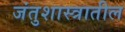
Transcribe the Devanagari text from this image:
जंतुशास्त्रातील